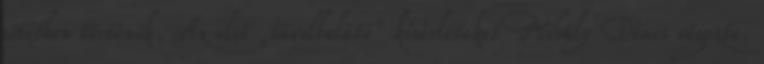
sötétben történik. Az első „távolbalátó” kísérleteket Mihály Dénes végezte.